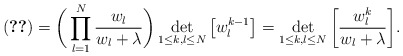
\begin{align*}\eqref{eqDI1}=\bigg(\prod_{l=1}^N\frac{w_l}{w_l+\lambda}\bigg)\det_{1\leq k,l\leq N}\left[w_l^{k-1}\right]=\det_{1\leq k,l\leq N}\bigg[\frac{w_l^k}{w_l+\lambda}\bigg].\end{align*}